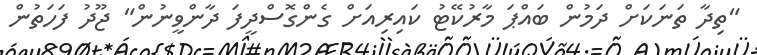
"ތިދާ ތަނަކަށް ދަމުން ބައްޕަ މާރުކޭޓު ކައިރިއަށް ގެންގޮސްދީފަ ދާންވީނުން" ޖޫދު ފަހަތުން